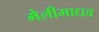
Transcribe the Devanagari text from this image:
मेलीमाधव